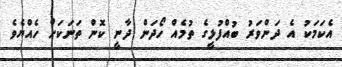
އެކަމަކު އެ ދަންވަރު ބުއްފުޅީގެ ތުމެއް ހޯދަން ދާނީ ކޮން ތަނަކަށް ހެއްޔެވެ